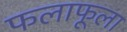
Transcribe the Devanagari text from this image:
फलाफूला